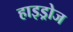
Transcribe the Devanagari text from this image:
हाइड्रोज